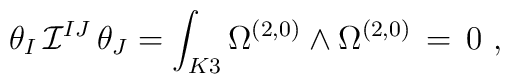
\theta_I \,{\cal I}^{IJ} \, \theta_J =\int_{K3} \Omega^{(2,0)} \wedge \Omega^{(2,0)} \, = \, 0\ ,